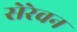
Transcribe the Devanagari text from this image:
सेरेवन